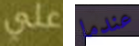
علي عندما